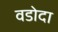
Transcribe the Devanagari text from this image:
वडोदा